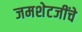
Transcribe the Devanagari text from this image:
जमशेटजींचे